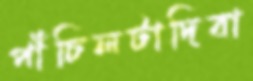
পাঁচিলটাদিবা